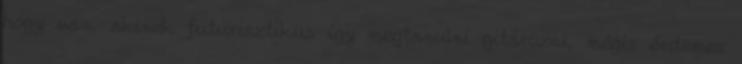
hogy van, akinek futurisztikus így megtanulni gitározni, mégis érdemes